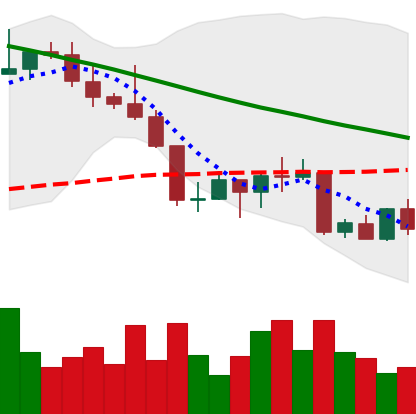
Ticker: NEO-USD
Chart end date: 2022-08-30
Forward return: 4.95%
Label: up_3_5